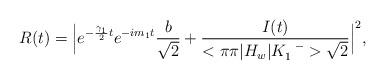
LaTeX: \begin{align*}R(t)=\Big|e^{-{\gamma_1\over2}t}e^{-im_1t}{b\over\sqrt{2}}+{I(t)\over<\pi\pi|H_w|K_1^{\enspace-}>\sqrt{2}}\Big|^2,\end{align*}